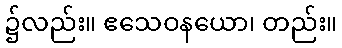
၌လည်း။ ဧသေဝနယော၊ တည်း။